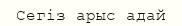
Сегіз арыс адай